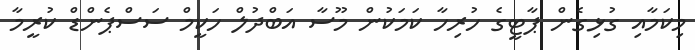
މިކަމާއި ގުޅިގެން ޕާޓީގެ ހުރިހާ ކަމަކުން މޫސާ އަބްދުލް ހަކީމް ސަސްޕެންޑް ކުރީމާ